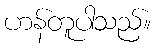
ဟန်တူပါသည်။